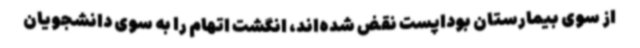
از سوی بیمارستان بوداپست نقض شده‌اند، انگشت اتهام را به سوی دانشجویان